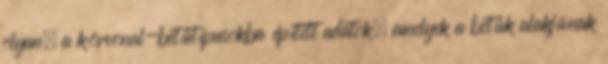
olyan, a körvonal-betűtípusokba épített adatok, amelyek a betűk alakjának